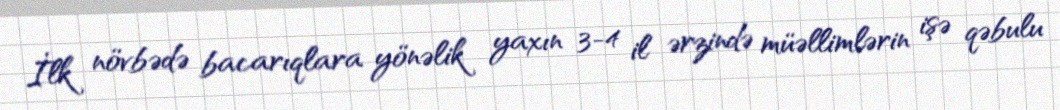
İlk növbədə bacarıqlara yönəlik yaxın 3-4 il ərzində müəllimlərin işə qəbulu